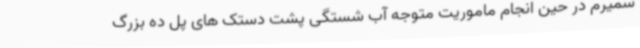
سمیرم در حین انجام ماموریت متوجه آب شستگی پشت دستک های پل ده بزرگ